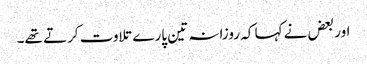
اور بعض نے کہا کہ روزانہ تین پارے تلاوت کرتے تھے۔